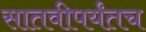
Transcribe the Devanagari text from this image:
सातवीपर्यंतच